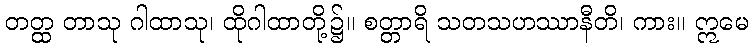
တတ္ထ တာသု ဂါထာသု၊ ထိုဂါထာတို့၌။ စတ္တာရိ သတသဟဿာနီတိ၊ ကား။ ဣမေ